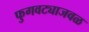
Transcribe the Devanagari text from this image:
फुगवट्याजवळ